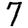
Digit: 7